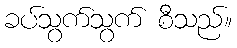
ခပ်သွက်သွက် စီသည်။